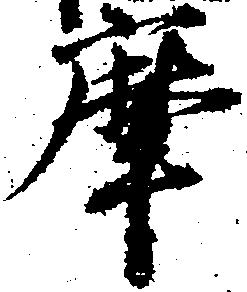
摩